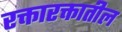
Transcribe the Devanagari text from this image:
रक्तारक्तातील